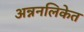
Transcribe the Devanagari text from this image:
अन्ननलिकेत